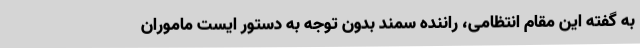
به گفته این مقام انتظامی، راننده سمند بدون توجه به دستور ایست ماموران